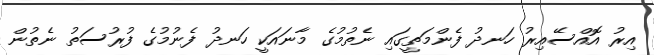
އިރު އޮއްސޭއިރު ހަނދު ފެންމަތީގައި ނެތުމުގެ މާނައަކީ ހަނދު ފެނުމުގެ ފުރުސަތު ނެތުން